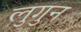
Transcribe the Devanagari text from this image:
लुगुन